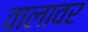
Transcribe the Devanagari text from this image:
वालावर